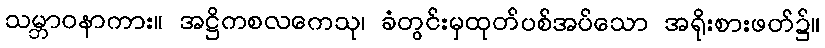
သမ္ဘာဝနာကား။ အဋ္ဌိကစလကေသု၊ ခံတွင်းမှထုတ်ပစ်အပ်သော အရိုးစားဖတ်၌။